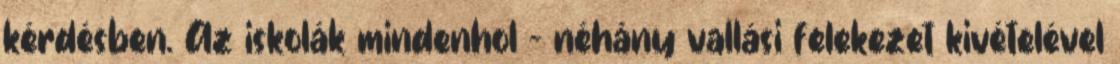
kérdésben. Az iskolák mindenhol – néhány vallási felekezet kivételével